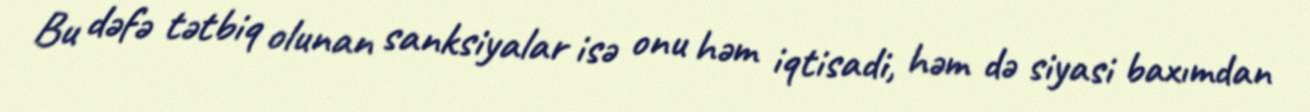
Bu dəfə tətbiq olunan sanksiyalar isə onu həm iqtisadi, həm də siyasi baxımdan